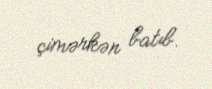
çimərkən batıb.